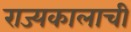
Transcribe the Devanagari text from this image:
राज्यकालाची